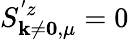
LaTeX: S_{\mathbf{k}\neq\boldsymbol{0},\mu}^{'z}=0